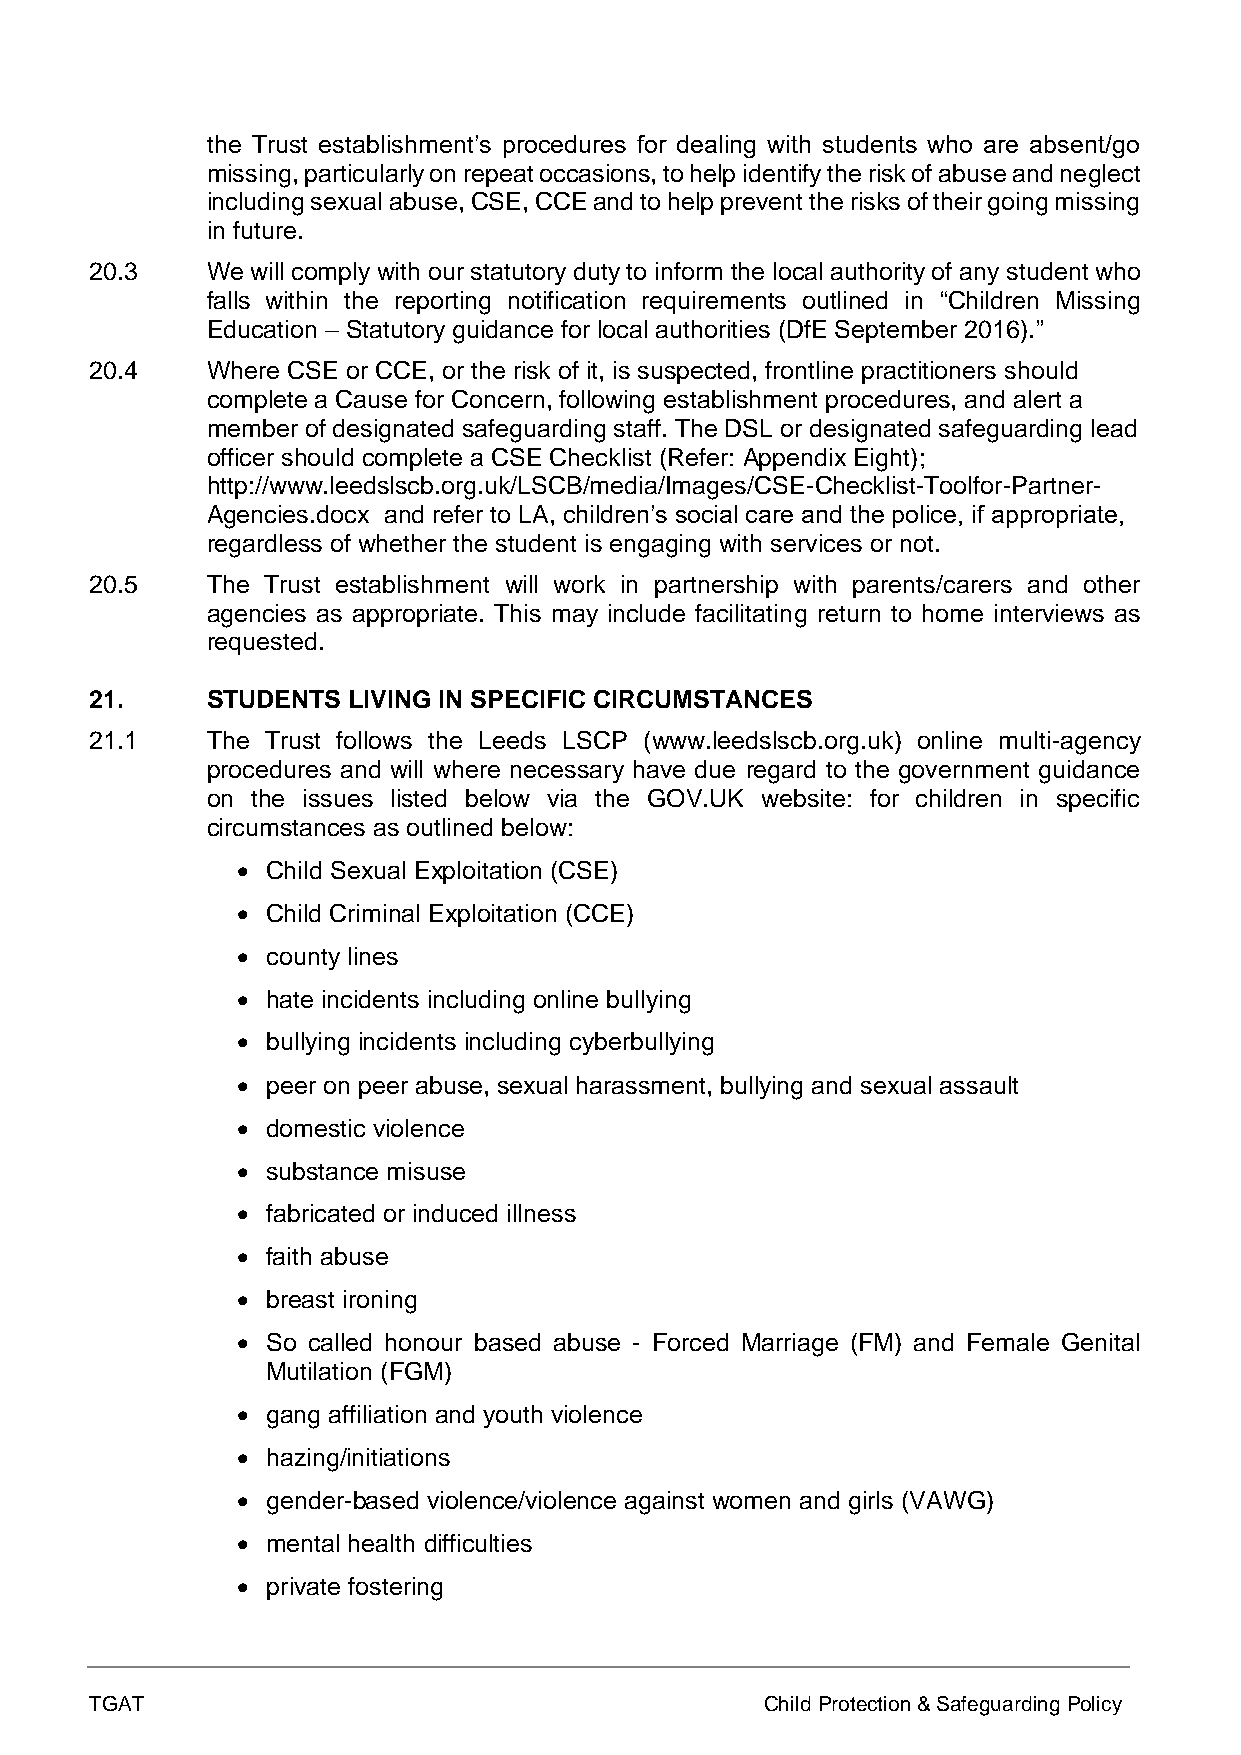
the Trust establishment’s procedures for dealing with students who are absent/go
 missing, particularly on repeat occasions, to help identify the risk of abuse and neglect
 including sexual abuse, CSE, CCE and to help prevent the risks of their going missing
 in future.
 20.3    We will comply with our statutory duty to inform the local authority of any student who
 falls within the reporting notification requirements outlined in “Children Missing
 Education – Statutory guidance for local authorities (DfE September 2016).”
 20.4    Where CSE or CCE, or the risk of it, is suspected, frontline practitioners should
 complete a Cause for Concern, following establishment procedures, and alert a
 member of designated safeguarding staff. The DSL or designated safeguarding lead
 officer should complete a CSE Checklist (Refer: Appendix Eight);
 http://www.leedslscb.org.uk/LSCB/media/Images/CSE-Checklist-Toolfor-Partner-
 Agencies.docx and refer to LA, children’s social care and the police, if appropriate,
 regardless of whether the student is engaging with services or not.
 20.5    The Trust establishment will work in partnership with parents/carers and other
 agencies as appropriate. This may include facilitating return to home interviews as
 requested.
 21.     STUDENTS LIVING IN SPECIFIC CIRCUMSTANCES
 21.1    The Trust follows the Leeds LSCP (www.leedslscb.org.uk) online multi-agency
 procedures and will where necessary have due regard to the government guidance
 on the issues listed below via the GOV.UK website: for children in specific
 circumstances as outlined below:
 • Child Sexual Exploitation (CSE)
 • Child Criminal Exploitation (CCE)
 • county lines
 • hate incidents including online bullying
 • bullying incidents including cyberbullying
 • peer on peer abuse, sexual harassment, bullying and sexual assault
 • domestic violence
 • substance misuse
 • fabricated or induced illness
 • faith abuse
 • breast ironing
 • So called honour based abuse - Forced Marriage (FM) and Female Genital
 Mutilation (FGM)
 • gang affiliation and youth violence
 • hazing/initiations
 • gender-based violence/violence against women and girls (VAWG)
 • mental health difficulties
 • private fostering
 TGAT                                         Child Protection & Safeguarding Policy